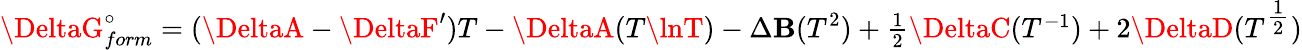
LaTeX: \DeltaG_{form}^{\circ}=(\DeltaA-\DeltaF^{\prime})T-\DeltaA(T\lnT)-\Delta\mathbf{B}(T^{2})+\textstyle{\frac{{1}}{{2}}}\DeltaC(T^{-1})+2\DeltaD(T^{\textstyle{\frac{{1}}{{2}}}})